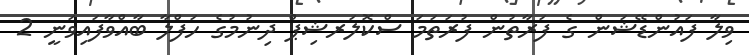
ވިލާ ފައުންޑޭޝަން ގެ ފަރާތުން ފުރަތަމަ ސްކޮލަރޝިޕް ދިނުމުގެ ހަފްލާ ބާއްވާފައިވަނީ 2